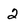
Character: 2